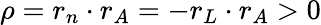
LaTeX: \rho=r_{n}\cdot r_{A}=-r_{L}\cdot r_{A}>0